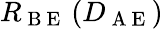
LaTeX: R_{\mathrm{~B~E~}}\left(D_{\mathrm{~A~E~}}\right)